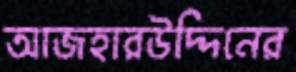
আজহারউদ্দিনের